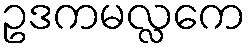
ဥဒကမလ္လကေ